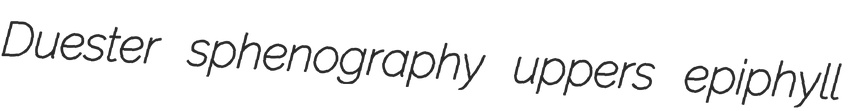
Duester sphenography uppers epiphyll